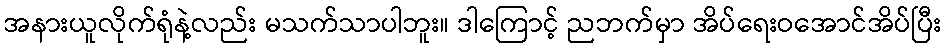
အနားယူလိုက်ရုံနဲ့လည်း မသက်သာပါဘူး။ ဒါကြောင့် ညဘက်မှာ အိပ်ရေးဝအောင်အိပ်ပြီး